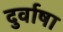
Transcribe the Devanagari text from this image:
दुर्वाषा